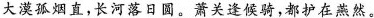
大漠孤烟直，长河落日圆。萧关逢候骑，都护在燕然。